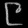
Digit: ၉